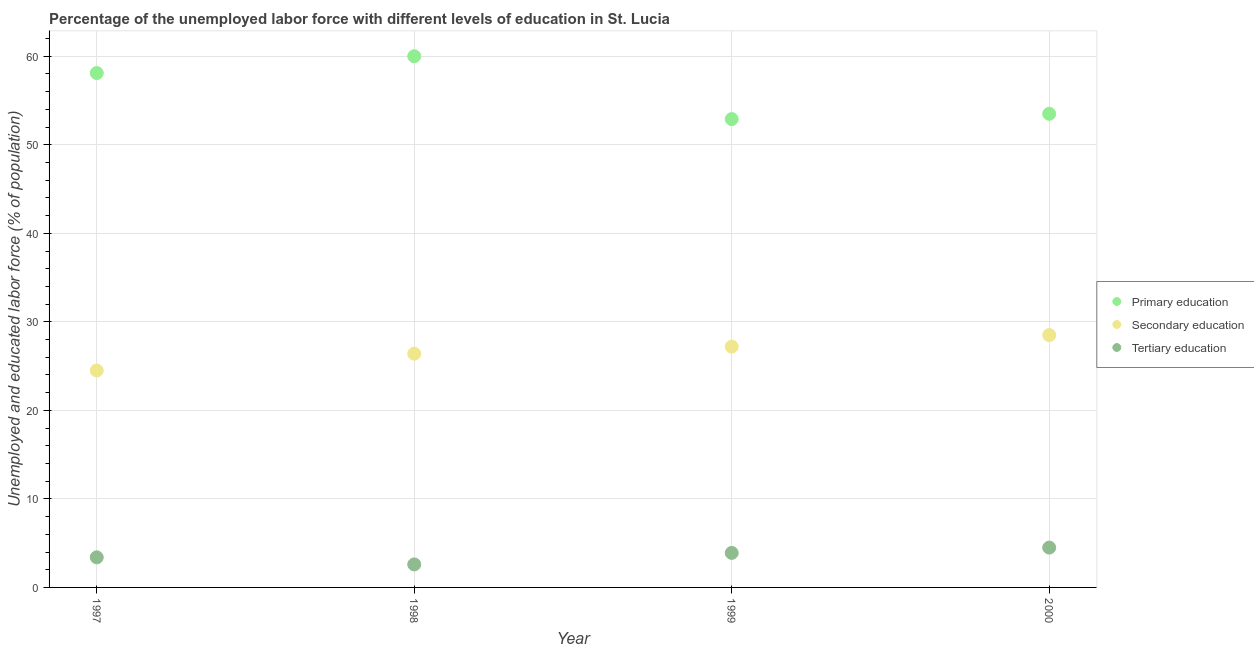
| Year | Primary education | Secondary education | Tertiary education |
 | --- | --- | --- | --- |
 | 1997 | 58.1 | 24.5 | 3.4 |
 | 1998 | 60 | 26.4 | 2.6 |
 | 1999 | 52.9 | 27.2 | 3.9 |
 | 2000 | 53.5 | 28.5 | 4.5 |